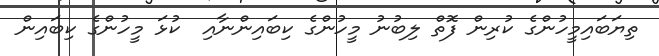
ތިޔަބައިމީހުންގެ ކުރިން ފޮތް ލިބުނު މީހުންގެ ކިބައިންނާއި  ކުޅަ މީހުންގެ ކިބައިން